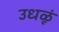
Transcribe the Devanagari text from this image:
उधळूं